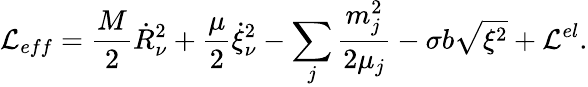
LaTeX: {\cal L}_{eff}=\frac M2\dot{R}_{\nu}^{2}+\frac\mu 2\dot{\xi}_{\nu}^{2}-\sum_{j}\frac{m_{j}^{2}}{2\mu_{j}}-\sigma b\sqrt{{\mathbf\xi}^{2}}+{\cal L}^{el}.